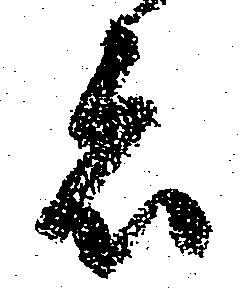
者